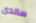
ساندى